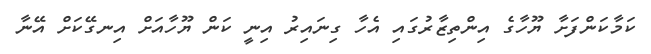
ކަމާކަންފަށާ ޔޫހާގެ އިންތިޒާރުގައި އެހާ ގިނައިރު އިނީ ކަން ޔޫހާއަށް އިނގޭކަށް އޭނާ